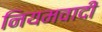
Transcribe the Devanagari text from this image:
नियमवादी